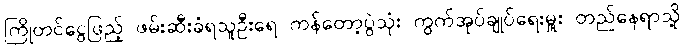
ကြိုတင်ငွေဖြည့် ဖမ်းဆီးခံရသူဦးရေ ကန်တော့ပွဲသုံး ကွက်အုပ်ချုပ်ရေးမှူး တည်နေရာသို့